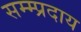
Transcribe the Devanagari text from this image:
सम्म्प्रदाय